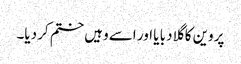
پروین کا گلا دبا یا اور اسے وہیں ختم کر دیا۔